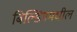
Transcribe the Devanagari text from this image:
बिल्डिंगमधील